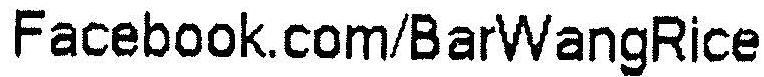
FACEBOOK.COM/BARWANGRICE